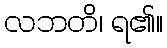
လဘတိ၊ ရ၏။